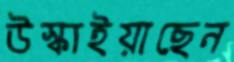
উস্‌কাইয়াছেন